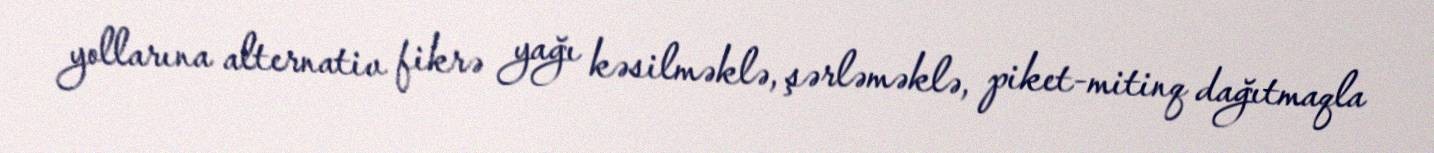
yollarına alternativ fikrə yağı kəsilməklə, şərləməklə, piket-mitinq dağıtmaqla